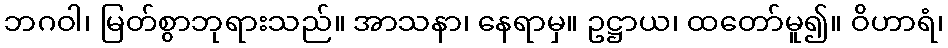
ဘဂဝါ၊ မြတ်စွာဘုရားသည်။ အာသနာ၊ နေရာမှ။ ဥဋ္ဌာယ၊ ထတော်မူ၍။ ဝိဟာရံ၊